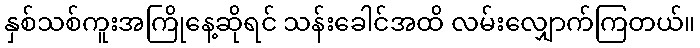
နှစ်သစ်ကူးအကြိုနေ့ဆိုရင် သန်းခေါင်အထိ လမ်းလျှောက်ကြတယ်။